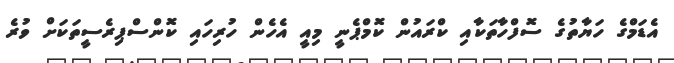
އެޑަމްގެ ހަޔާތުގެ ސޮފްހާތަކާއި ކްރައުން ކޮމްޕެނީ މިއީ އެހެން ހުރިހައި ކޮންސްޕިރެސީތަކަށް ވުރެ